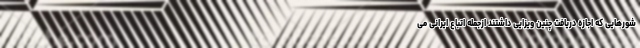
شورهایی که اجازه دریافت چنین ویزایی داشتند ازجمله اتباع ایرانی می